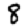
Digit: 8